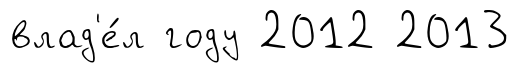
влад'е́л году 2012 2013